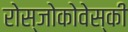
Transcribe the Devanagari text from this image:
रोस्‍जोकोवेस्‍की